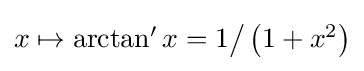
{\textstyle x\mapsto \arctan 'x=1{\big /}\left(1+x^{2}\right)}